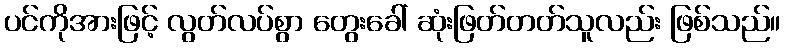
ပင်ကိုအားဖြင့် လွတ်လပ်စွာ တွေးခေါ် ဆုံးဖြတ်တတ်သူလည်း ဖြစ်သည်။